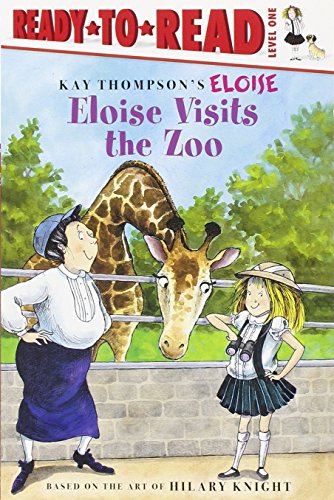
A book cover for Eloise Visits the Zoo; Kay Thompson; Children's Books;